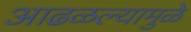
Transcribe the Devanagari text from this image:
आढळल्यामुळे